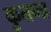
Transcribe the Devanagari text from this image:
कुतन्त्र